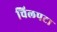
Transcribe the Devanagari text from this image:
चिलपटा